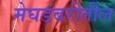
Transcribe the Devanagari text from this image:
मेघडंबरीतील